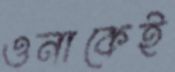
ওনাকেই